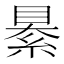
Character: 䋰